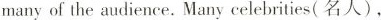
many of the audience. Many celebrities(名人).